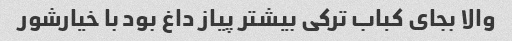
والا بجای کباب ترکی بیشتر پیاز داغ بود با خیارشور